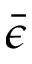
\bar { \epsilon }